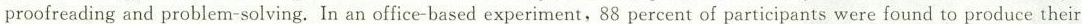
proofreading and problem-solving. In an office-based experiment, 88 percent of participants were found to produce their